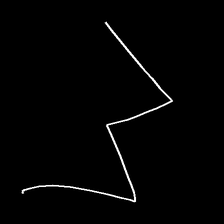
Glyph: crush